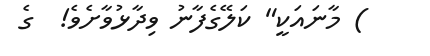
) މާނައަކީ" ކަލޭގެފާނު ވިދާޅުވާށެވެ!  ގެ